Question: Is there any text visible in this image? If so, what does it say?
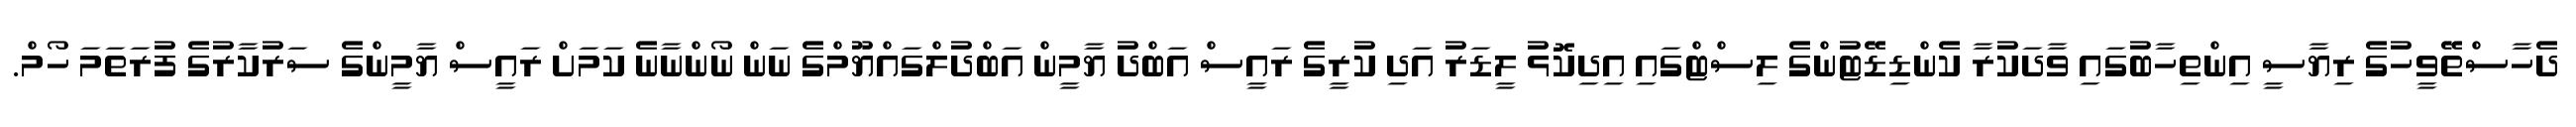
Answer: ދެހާސްތޭވީހުގެ ރިޔާސީ އިންތިހާބުގައި ވާދަކުރާ ކެންޑިޑޭޓުންގެ ލިސްޓްގައި އިދިކޮޅު ލީޑަރު އަދި ކުރީގެ ރައީސް އަބްދު ޔާމީން އަބްދުލްގައްޔޫމްގެ ނަން ނޯންނާނެ ކަމަށް ރައީސް ޔާމީންގެ ސަރުކާރުގެ ފުރަތަމަ ހޯމް.